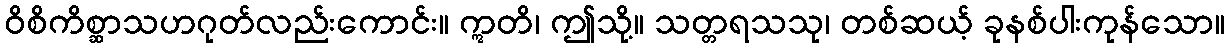
ဝိစိကိစ္ဆာသဟဂုတ်လည်းကောင်း။ ဣတိ၊ ဤသို့။ သတ္တရသသု၊ တစ်ဆယ့် ခုနစ်ပါးကုန်သော။